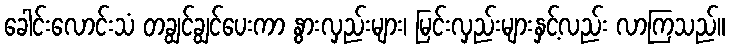
ခေါင်းလောင်းသံ တချွင်ချွင်ပေးကာ နွားလှည်းများ၊ မြင်းလှည်းများနှင့်လည်း လာကြသည်။